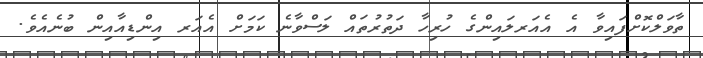
ތާވަލްކޮށްފައިވާ އެ އެއަރލައިންގެ ހުރިހާ ދަތުރުތައް ލަސްވާނެ ކަމަށް އެއަރ އިންޑިއާއިން ބުނެއެވެ.